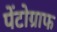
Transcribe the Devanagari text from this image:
पेंटोग्राफ